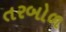
તરબોળ